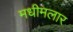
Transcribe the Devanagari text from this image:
मधीमलार